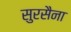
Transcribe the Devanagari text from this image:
सुरसैना